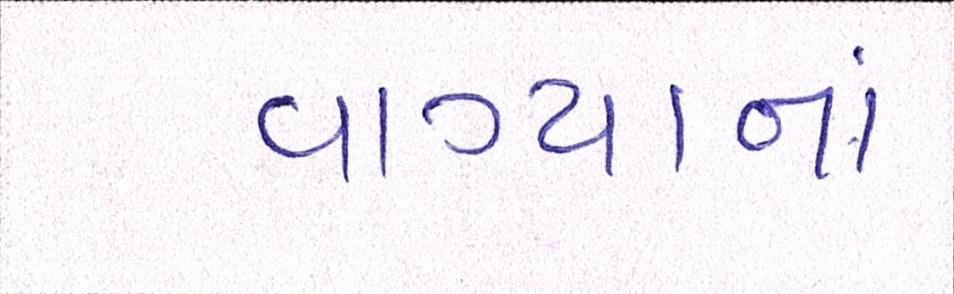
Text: વાગ્યાનાં